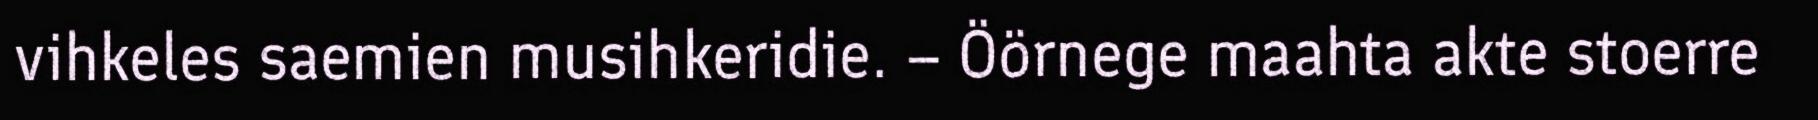
vihkeles saemien musihkeridie. – Öörnege maahta akte stoerre